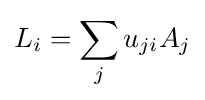
L_{i}=\sum _{j}u_{ji}A_{j}